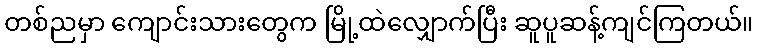
တစ်ညမှာ ကျောင်းသားတွေက မြို့ထဲလျှောက်ပြီး ဆူပူဆန့်ကျင်ကြတယ်။